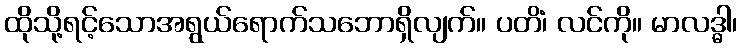
ထိုသို့ရင့်သောအရွယ်ရောက်သဘောရှိလျက်။ ပတိံ၊ လင်ကို။ မာလဒ္ဓါ၊